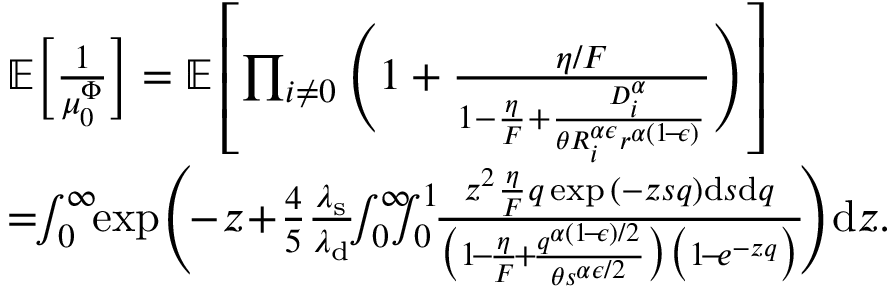
\begin{array} { r l } & { \mathbb { E } \bigg [ \frac { 1 } { \mu _ { 0 } ^ { \Phi } } \bigg ] = \mathbb { E } \left[ \prod _ { i \neq 0 } \Bigg ( 1 + \frac { \eta / F } { 1 - \frac { \eta } { F } + \frac { D _ { i } ^ { \alpha } } { \theta R _ { i } ^ { \alpha \epsilon } r ^ { \alpha ( 1 \! - \! \epsilon ) } } } \Bigg ) \right] } \\ & { = \! \! \int _ { 0 } ^ { \infty } \! \! \exp { \! \Bigg ( \! \! - \! z \! + \! \frac { 4 } { 5 } \frac { \lambda _ { \mathrm { s } } } { \lambda _ { \mathrm { d } } } \! \! \int _ { 0 } ^ { \infty } \! \! \! \! \int _ { 0 } ^ { 1 } \! \! \frac { z ^ { 2 } \frac { \eta } { F } q \exp { ( - z s q ) } \mathrm { d } s \mathrm { d } q } { \big ( 1 \! - \! \frac { \eta } { F } \! + \! \frac { q ^ { \alpha ( 1 \! - \! \epsilon ) / 2 } } { \theta s ^ { \alpha \epsilon / 2 } } \big ) \big ( 1 \! - \! e ^ { - z q } \big ) } \! \Bigg ) } \mathrm { d } z . } \end{array}